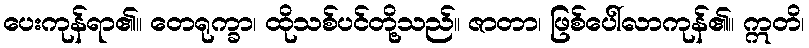
ပေးကုန်ရာ၏။ တေရုက္ခာ၊ ထိုသစ်ပင်တို့သည်။ ဇာတာ၊ ဖြစ်ပေါ်လာကုန်၏။ ဣတိ၊